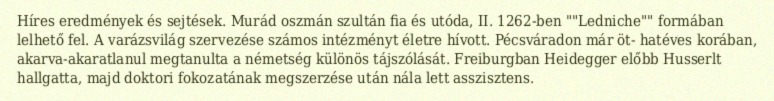
Híres eredmények és sejtések. Murád oszmán szultán fia és utóda, II. 1262-ben ""Ledniche"" formában lelhető fel. A varázsvilág szervezése számos intézményt életre hívott. Pécsváradon már öt- hatéves korában, akarva-akaratlanul megtanulta a németség különös tájszólását. Freiburgban Heidegger előbb Husserlt hallgatta, majd doktori fokozatának megszerzése után nála lett asszisztens.